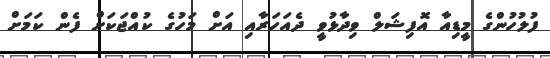
ފުލުހުންގެ މީޑިއާ އޮފިޝަލް ވިދާޅުވީ ދެއަހަރާއި އަށް މަހުގެ ކުއްޖަކަށް ފެން ކަމަށް